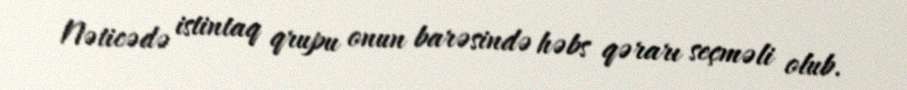
Nəticədə istintaq qrupu onun barəsində həbs qərarı seçməli olub.